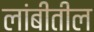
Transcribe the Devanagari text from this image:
लांबीतील